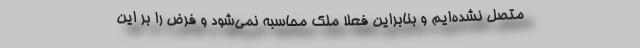
متصل نشده‌ایم و بنابراین فعلاً ملک محاسبه نمی‌شود و فرض را بر این